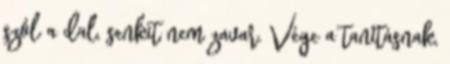
szól a dal, senkit nem zavar. Vége a tanításnak,